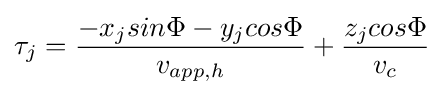
\tau _{j}={\frac {-x_{j}sin\Phi -y_{j}cos\Phi }{v_{app,h}}}+{\frac {z_{j}cos\Phi }{v_{c}}}